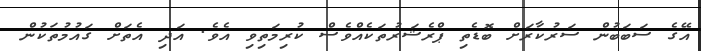
އޭގެ ސަބަބުން ސަރުކާރަށް ބޮޑެތި ޕްރެޝަރުތަކެއްވެސް ކުރިމަތިވި އެވެ. އަދި އެތަށް ގައުމުތަކުން